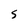
Character: S